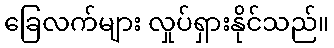
ခြေလက်များ လှုပ်ရှားနိုင်သည်။